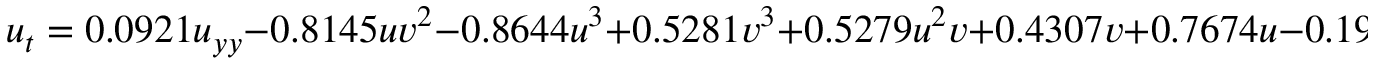
u _ { t } = 0 . 0 9 2 1 u _ { y y } - 0 . 8 1 4 5 u v ^ { 2 } - 0 . 8 6 4 4 u ^ { 3 } + 0 . 5 2 8 1 v ^ { 3 } + 0 . 5 2 7 9 u ^ { 2 } v + 0 . 4 3 0 7 v + 0 . 7 6 7 4 u - 0 . 1 9 4 2 u ^ { 2 } v u _ { x } + 0 . 1 5 7 0 u v ^ { 2 } u _ { y } - 0 . 2 4 2 7 u v ^ { 2 } v _ { x } + 0 . 1 7 5 2 v ^ { 3 } v _ { y }